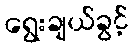
ရွေးချယ်ခွင့်